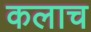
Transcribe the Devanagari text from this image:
कलाच